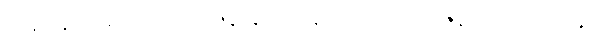
သိနိဒ္ဓါနိ ကိရေလွှ ဘောဇနာနိ၊ တာနိ သေဝတော ဇနဿ ပညာဝဍ္ဎ၊